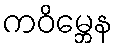
ကဝိမ္ဘေန